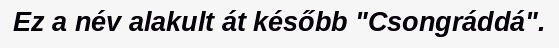
Ez a név alakult át később "Csongráddá".